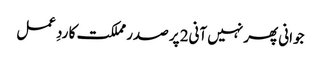
جوانی پھر نہیں آنی2 پر صدر مملکت کا ردِ عمل